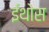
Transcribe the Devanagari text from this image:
ईथोस